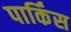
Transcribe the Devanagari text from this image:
पार्किंस